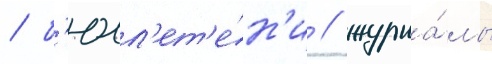
/ б'юлл'ет'е́н'и / журна́лы